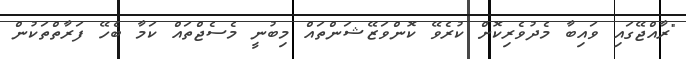
"ރާއްޖޭގައި ވައިބާ މެދުވެރިކޮށް ކުރެވޭ ކޮންވަޒޭޝަންތައް މިބުނީ މެސެޖްތައް ކަމާ ބެހޭ ފަރާތްތަކުން